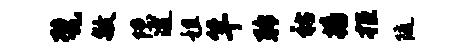
甓敏隙逮租竿聆祜播拒随